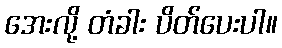
အေးလို့ တံခါး ပိတ်ပေးပါ။